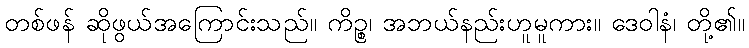
တစ်ဖန် ဆိုဖွယ်အကြောင်းသည်။ ကိဉ္စ၊ အဘယ်နည်းဟူမူကား။ ဒေဝါနံ၊ တို့၏။